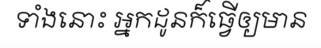
ទាំងនោះ អ្នកដូនក៏ធ្វើឲ្យមាន